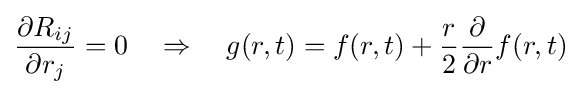
{\frac {\partial R_{ij}}{\partial r_{j}}}=0\quad \Rightarrow \quad g(r,t)=f(r,t)+{\frac {r}{2}}{\frac {\partial }{\partial r}}f(r,t)